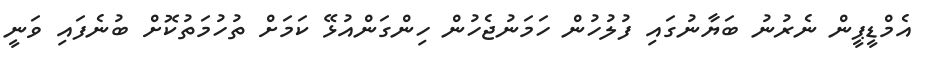
އެމްޑީޕީން ނެރުނު ބަޔާނުގައި ފުލުހުން ހަމަނުޖެހުން ހިންގަންއުޅޭ ކަމަށް ތުހުމަތުކޮށް ބުނެފައި ވަނީ